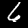
Label: 6